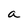
Character: a